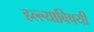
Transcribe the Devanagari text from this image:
हल्ल्याविषयी